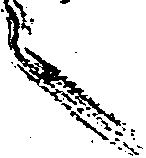
々